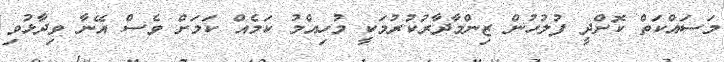
މަސައްކަތް ކޮށްދީ ފުލުހުން ޒިންމާދާރުކުރުމަކީ މުހިއްމު ކަމެއް ކަމަށް ވެސް އޭނާ ވިދާޅުވި